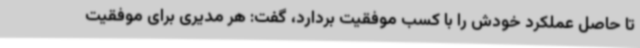
تا حاصل عملکرد خودش را با کسب موفقیت بردارد، گفت: هر مدیری برای موفقیت